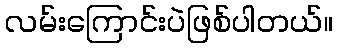
လမ်းကြောင်းပဲဖြစ်ပါတယ်။